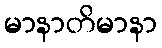
မာနာတိမာနာ